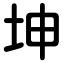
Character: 坤